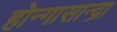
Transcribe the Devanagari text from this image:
होन्गासान्द्रा